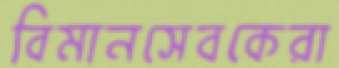
বিমানসেবকেরা